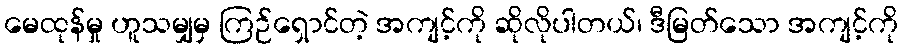
မေထုန်မှု ဟူသမျှမှ ကြဉ်ရှောင်တဲ့ အကျင့်ကို ဆိုလိုပါတယ်၊ ဒီမြတ်သော အကျင့်ကို